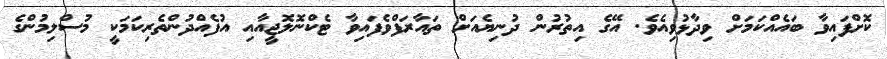
ކޮށްފައިވާ ބައެއްކަމަށް ވިދާޅުވިއެވެ. އޭގެ އިތުރުން ދުނިޔެއަށް ތައާރަފްވެފައިވާ ޓެކްނޮލޮޖީއާއި އުފެއްދުންތެރިކަމަކީ މުސްލިމުންގެ